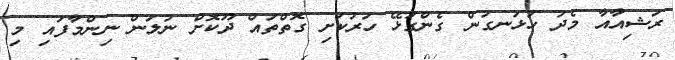
ރަޝިއާއާ މެދު ހުޅަނގުން ގެންގުޅޭ ހަރުކަށި ގޮތްތައް ދޫކޮށް ނުލަން ނިންމާފައި މި